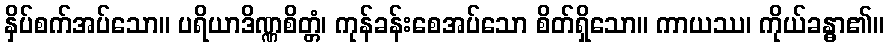
နှိပ်စက်အပ်သော။ ပရိယာဒိဏ္ဏစိတ္တံ၊ ကုန်ခန်းစေအပ်သော စိတ်ရှိသော။ ကာယဿ၊ ကိုယ်ခန္ဓာ၏။